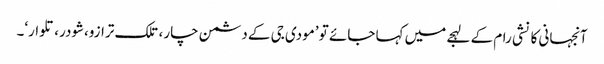
آنجہانی کانشی رام کے لہجے میں کہا جائے تو ’مودی جی کے دشمن چار، تلک ترازو،شودر، تلوار‘۔